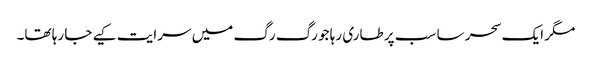
مگر ایک سحر سا سب پر طاری رہا جو رگ رگ میں سرایت کیے جا رہا تھا۔